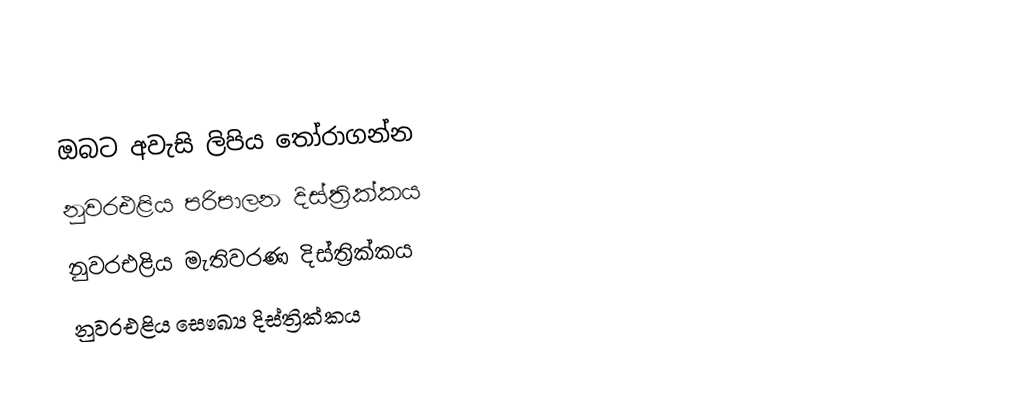
ඔබට අවැසි ලිපිය තෝරාගන්න
 නුවරඑළිය පරිපාලන දිස්ත්‍රික්කය
 නුවරඑළිය මැතිවරණ දිස්ත්‍රික්කය
 නුවරඑළිය සෞඛ්‍ය දිස්ත්‍රික්කය